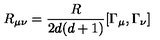
R _ { \mu \nu } = \frac { R } { 2 d ( d + 1 ) } [ \Gamma _ { \mu } , \Gamma _ { \nu } ]